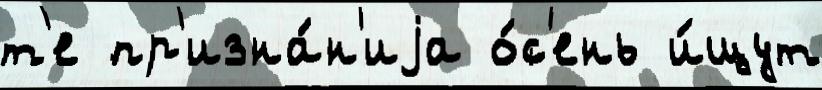
т'е пр'изна́н'иjа о́с'ень и́щут